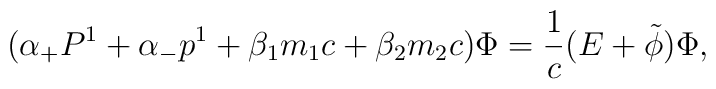
({\alpha}_{+} P^1 + {\alpha}_{-} p^1+ {\beta}_1 m_1 c + {\beta}_2 m_2 c ) {\Phi} =\frac{1}{c} (E+\tilde{\phi}) {\Phi},